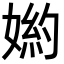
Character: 𡟅